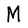
Character: M